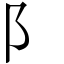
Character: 阝